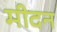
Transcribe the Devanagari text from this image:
मीदन